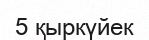
5 қыркүйек